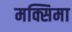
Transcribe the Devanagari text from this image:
मक्सिमा